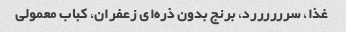
غذا، سررررررد، برنج بدون ذره‌ای زعفران، کباب معمولی